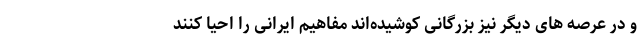
و در عرصه های دیگر نیز بزرگانی کوشیده‌اند مفاهیم ایرانی را احیا کنند